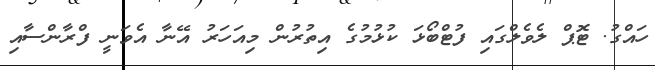
ހައްގު. ޓޮޕް ލެވެލްގައި ފުޓްބޯޅަ ކުޅުމުގެ އިތުރުން މިއަހަރު އޭނާ އެވަނީ ފްރާންސާއި